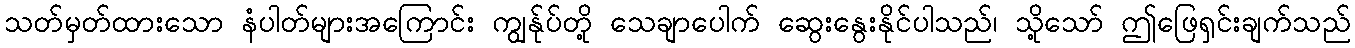
သတ်မှတ်ထားသော နံပါတ်များအကြောင်း ကျွန်ုပ်တို့ သေချာပေါက် ဆွေးနွေးနိုင်ပါသည်၊ သို့သော် ဤဖြေရှင်းချက်သည်